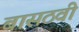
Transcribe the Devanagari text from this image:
बासठवीं